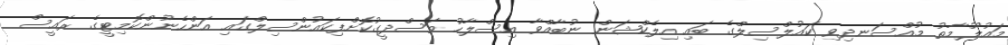
މައުލޫމާތު މުއްސަނދިވި ކައުލްސިލްގެ ބައި އިލެކްޝަން ނުބާއްވާ އިސްލާހު ތަސްދީގުކޮށްފިކައުންސިލްގައި އަންހެނުންކޮމިޓީގެ ރައީސް